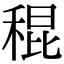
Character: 䅙